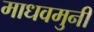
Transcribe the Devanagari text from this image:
माधवमुनी